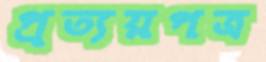
প্রত্যয়পত্র